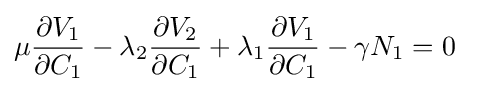
\mu {\frac {\partial V_{1}}{\partial C_{1}}}-\lambda _{2}{\frac {\partial V_{2}}{\partial C_{1}}}+\lambda _{1}{\frac {\partial V_{1}}{\partial C_{1}}}-\gamma N_{1}=0\;